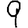
Digit: 9